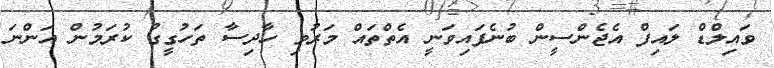
ވައިލްޑް ލައިފް އެޖެންސީން ބުނެފައިވަނީ އެތްތައް މަރުވި ހާދިސާ ތަހުގީގު ކުރަމުން އަންނަ